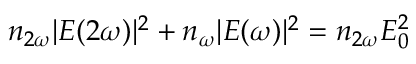
n _ { 2 \omega } | E ( 2 \omega ) | ^ { 2 } + n _ { \omega } | E ( \omega ) | ^ { 2 } = n _ { 2 \omega } E _ { 0 } ^ { 2 }